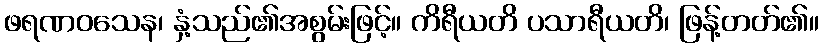
ဖရဏဝသေန၊ နှံ့သည်၏အစွမ်းဖြင့်။ ကိရီယတိ ပသာရီယတိ၊ ဖြန့်တတ်၏။